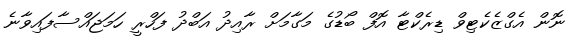
ނޮން އެގްޒެކެޓިވް ޑިރެކްޓާ އޮފް ބޯޑުގެ މަގާމަށް ރާއިދު އަބްދު ފަހްރީ ހަމަޖައްސާފައިވާނެ